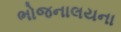
ભોજનાલયના